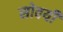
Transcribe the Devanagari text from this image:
सोवयी